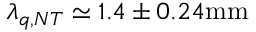
\lambda _ { q , N T } \simeq 1 . 4 \pm 0 . 2 4 \mathrm { { m m } }